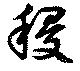
稷